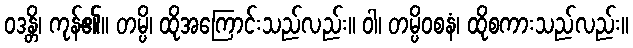
ဝဒန္တိ၊ ကုန်၏။ တမ္ပိ၊ ထိုအကြောင်းသည်လည်း။ ဝါ၊ တမ္ပိဝစနံ၊ ထိုစကားသည်လည်း။